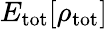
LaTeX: E_{\mathrm{tot}}[\rho_{\mathrm{tot}}]